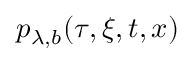
p _ { \lambda , b } ( \tau , \xi , t , x )